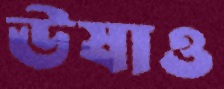
ঊষাও